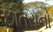
છોતરાનો